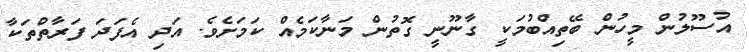
އުސޫލުން މީހުން ބޭތިއްބުމަކީ ގާނޫނީ ގޮތުން މަނާކަމެއް ކަމަށެވެ. އަދި އެފަދަ ފަރާތްތަކާ